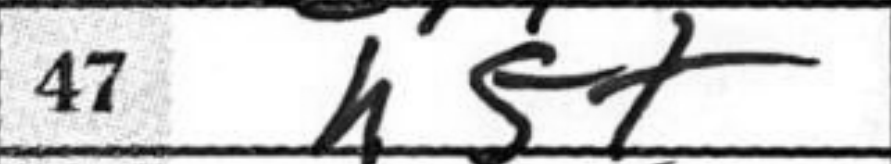
Transcription: h5+